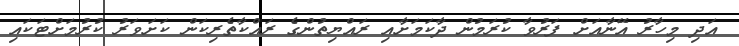
އަދި މިހާރު އޭނާއަށް ފަރުވާ ކުރަމުން ދާކަމަށާއި ރައްޔިތުންގެ ރައްކާތެރިކަން ކަށަވަރު ކުރުމަށްޓަކައި